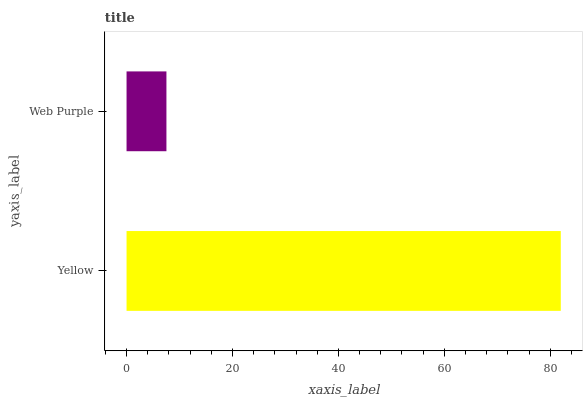
| yaxis_label | bars |
 | --- | --- |
 | Yellow | 82 |
 | Web Purple | 7.53 |